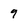
Character: 9